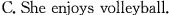
C.She enjoys volleyball.